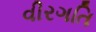
વીરગતિ